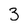
Character: 3